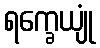
ရက္ခေယျုံ